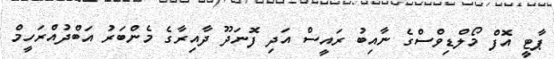
ޕާޓީ އޮފް މޯލްޑިވްސްގެ ނާއިބު ރައީސް އަދި ފޮނަދޫ ދާއިރާގެ މެންބަރު އަބްދުއްރަހީމް